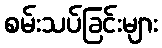
စမ်းသပ်ခြင်းများ